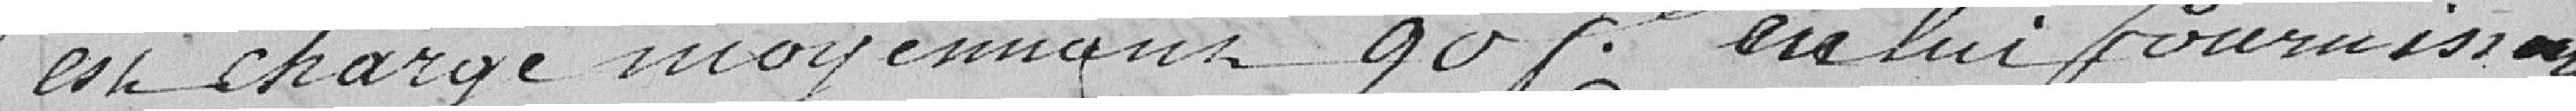
est chargé moyennant 90 francs en lui fournissant